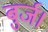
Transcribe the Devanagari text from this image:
बुर्ज।